Report of the Imperial Institute of Veterinary Research, Muktesar
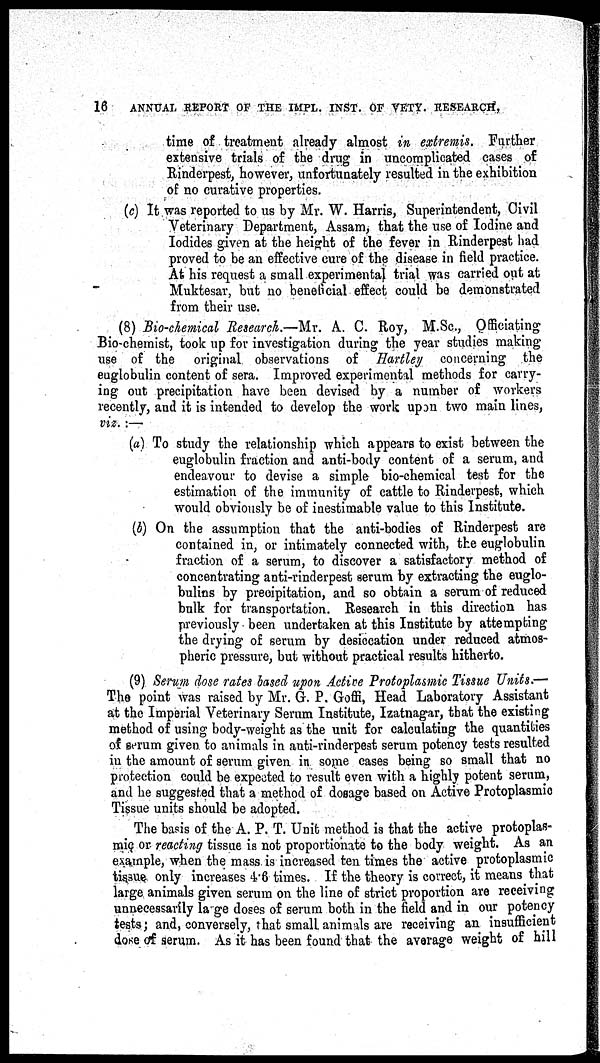
16 ANNUAL REPORT OF THE IMPL. INST. OF VETY. RESEARCH,
time of treatment already almost in extremis. Further
extensive trials of the drug in uncomplicated cases of
Rinderpest, however, unfortunately resulted in the exhibition
of no curative properties.
(c) It was reported to us by Mr. W. Harris, Superintendent, Civil
Veterinary Department, Assam, that the use of Iodine and
Iodides given at the height of the fever in Rinderpest had
proved to be an effective cure of the disease in field practice.
At his request a small experimental trial was carried out at
Muktesar, but no beneficial effect could be demonstrated
from their use.
(8) Bio-chemical Research.—Mr. A. C. Roy, M.Sc., Officiating
Bio-chemist, took up for investigation during the year studies making
use of the original observations of Hartley concerning the
euglobulin content of sera. Improved experimental methods for carry-
ing out precipitation have been devised by a number of workers
recently, and it is intended to develop the work upon two main lines,
viz. :—
(a) To study the relationship which appears to exist between the
euglobulin fraction and anti-body content of a serum, and
endeavour to devise a simple bio-chemical test for the
estimation of the immunity of cattle to Rinderpest, which
would obviously be of inestimable value to this Institute.
(b) On the assumption that the anti-bodies of Rinderpest are
contained in, or intimately connected with, the euglobulin
fraction of a serum, to discover a satisfactory method of
concentrating anti-rinderpest serum by extracting the euglo¬
bulins by precipitation, and so obtain a serum of reduced
bulk for transportation. Research in this direction has
previously been undertaken at this Institute by attempting
the drying of serum by desiccation under reduced atmos-
pheric pressure, but without practical results hitherto.
(9) Serum dose rates based upon Active Protoplasmic Tissue Units.—
The point was raised by Mr. G. P. Goffi, Head Laboratory Assistant
at the Imperial Veterinary Serum Institute, Izatnagar, that the existing
method of using body-weight as the unit for calculating the quantities
of serum given to animals in anti-rinderpest serum potency tests resulted
in the amount of serum given in some cases being so small that no
protection could be expected to result even with a highly potent serum,
and he suggested that a method of dosage based on Active Protoplasmic
Tissue units should be adopted.
The basis of the A. P. T. Unit method is that the active protoplas-
mic or reacting tissue is not proportionate to the body weight. As an
example, when the mass is increased ten times the active protoplasmic
tissue only increases 4.6 times. If the theory is correct, it means that
large animals given serum on the line of strict proportion are receiving
unnecessarily large doses of serum both in the field and in our potency
tests; and, conversely, that small animals are receiving an insufficient
dose of serum. As it has been found that the average weight of hill